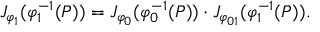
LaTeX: J _ { \varphi _ { 1 } } ( \varphi _ { 1 } ^ { - 1 } ( P ) ) = J _ { \varphi _ { 0 } } ( \varphi _ { 0 } ^ { - 1 } ( P ) ) \cdot J _ { \varphi _ { 0 1 } } ( \varphi _ { 1 } ^ { - 1 } ( P ) ) .